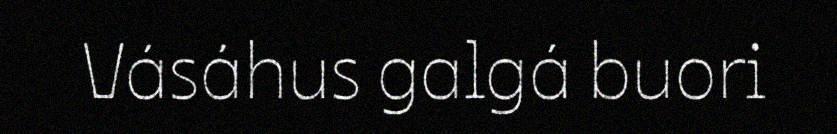
Vásáhus galgá buori